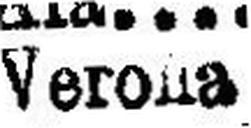
Verona